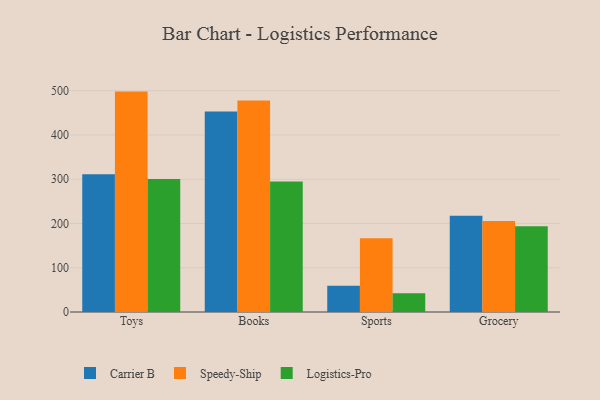
{"axis": {"x": "Category", "y": "Headcount"}, "legend": ["Carrier B", "Logistics-Pro", "Speedy-Ship"], "data": [{"x": "Toys", "y": 311.3, "type": "Carrier B"}, {"x": "Toys", "y": 498.0, "type": "Speedy-Ship"}, {"x": "Toys", "y": 300.4, "type": "Logistics-Pro"}, {"x": "Books", "y": 452.9, "type": "Carrier B"}, {"x": "Books", "y": 478.0, "type": "Speedy-Ship"}, {"x": "Books", "y": 294.8, "type": "Logistics-Pro"}, {"x": "Sports", "y": 59.5, "type": "Carrier B"}, {"x": "Sports", "y": 166.6, "type": "Speedy-Ship"}, {"x": "Sports", "y": 42.3, "type": "Logistics-Pro"}, {"x": "Grocery", "y": 217.3, "type": "Carrier B"}, {"x": "Grocery", "y": 205.4, "type": "Speedy-Ship"}, {"x": "Grocery", "y": 194.0, "type": "Logistics-Pro"}]}